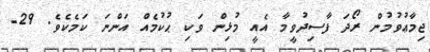
ޖިމާޢުވުމުން ރޯދަ ފާސިދުވީމާ އެއީ މުޅިން ވަކި ޙުކުމެއް އަންނަ ކަމެކެވެ. 29-